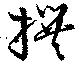
撰